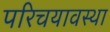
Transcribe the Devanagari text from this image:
परिचयावस्था